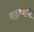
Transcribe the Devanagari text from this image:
वाढ्ण्याची